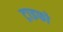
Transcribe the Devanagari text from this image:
ट्राइफो